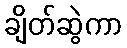
ချိတ်ဆွဲကာ